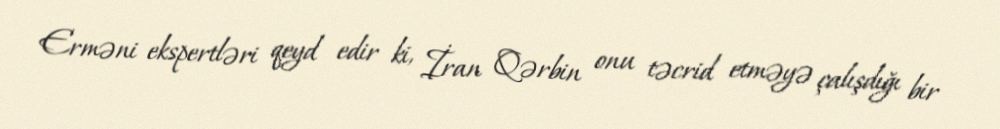
Erməni ekspertləri qeyd edir ki, İran Qərbin onu təcrid etməyə çalışdığı bir